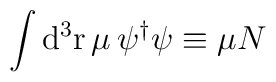
\int {\rm d}^3{\rm r\,}\mu \,\psi ^{\dagger }\/\psi \equiv \mu N